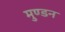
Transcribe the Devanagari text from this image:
मुण्डन